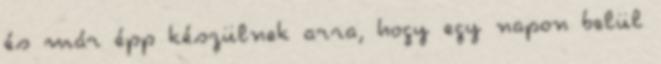
és már épp készülnek arra, hogy egy napon belül